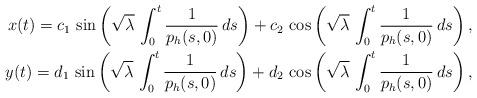
LaTeX: \begin{align*}x(t) = c_1\,\sin \left (\sqrt{\lambda}\, \int_0^t \frac{1}{p_h(s,0)}\, ds \right ) + c_2 \, \cos \left (\sqrt{\lambda}\, \int_0^t \frac{1}{p_h(s,0)}\, ds \right ), \\y(t) = d_1\,\sin \left (\sqrt{\lambda}\, \int_0^t \frac{1}{p_h(s,0)}\, ds \right ) + d_2 \, \cos \left (\sqrt{\lambda}\, \int_0^t \frac{1}{p_h(s,0)}\, ds \right ), \end{align*}